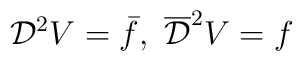
{\cal D}^2 V=\bar f, \ \overline{\cal D}^2 V=f